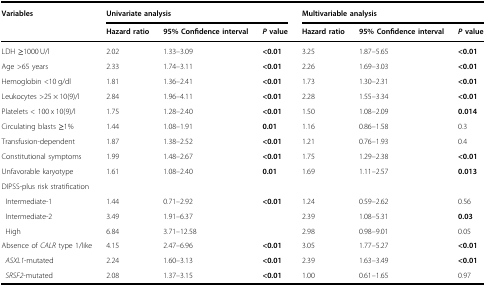
<table><thead><tr><td><b>Variables</b></td><td colspan="3"><b>Univariate analysis</b></td><td colspan="3"><b>Multivariable analysis</b></td></tr><tr><td></td><td><b>Hazard ratio</b></td><td><b>95% Confidence interval</b></td><td><b><i>P</i> value</b></td><td><b>Hazard ratio</b></td><td><b>95% Confidence interval</b></td><td><b><i>P</i> value</b></td></tr></thead><tbody><tr><td>LDH ≥1000 U/l</td><td>2.02</td><td>1.33–3.09</td><td><b>&lt;0.01</b></td><td>3.25</td><td>1.87–5.65</td><td><b>&lt;0.01</b></td></tr><tr><td>Age &gt;65 years</td><td>2.33</td><td>1.74–3.11</td><td><b>&lt;0.01</b></td><td>2.26</td><td>1.69–3.03</td><td><b>&lt;0.01</b></td></tr><tr><td>Hemoglobin &lt;10 g/dl</td><td>1.81</td><td>1.36–2.41</td><td><b>&lt;0.01</b></td><td>1.73</td><td>1.30–2.31</td><td><b>&lt;0.01</b></td></tr><tr><td>Leukocytes &gt;25 × 10(9)/l</td><td>2.84</td><td>1.96–4.11</td><td><b>&lt;0.01</b></td><td>2.28</td><td>1.55–3.34</td><td><b>&lt;0.01</b></td></tr><tr><td>Platelets &lt; 100 x 10(9)/l</td><td>1.75</td><td>1.28–2.40</td><td><b>&lt;0.01</b></td><td>1.50</td><td>1.08–2.09</td><td><b>0.014</b></td></tr><tr><td>Circulating blasts ≥1%</td><td>1.44</td><td>1.08–1.91</td><td><b>0.01</b></td><td>1.16</td><td>0.86–1.58</td><td>0.3</td></tr><tr><td>Transfusion-dependent</td><td>1.87</td><td>1.38–2.52</td><td><b>&lt;0.01</b></td><td>1.21</td><td>0.76–1.93</td><td>0.4</td></tr><tr><td>Constitutional symptoms</td><td>1.99</td><td>1.48–2.67</td><td><b>&lt;0.01</b></td><td>1.75</td><td>1.29–2.38</td><td><b>&lt;0.01</b></td></tr><tr><td>Unfavorable karyotype</td><td>1.61</td><td>1.08–2.40</td><td><b>0.01</b></td><td>1.69</td><td>1.11–2.57</td><td><b>0.013</b></td></tr><tr><td colspan="7">DIPSS-plus risk stratification</td></tr><tr><td> Intermediate-1</td><td>1.44</td><td>0.71–2.92</td><td><b>&lt;0.01</b></td><td>1.24</td><td>0.59–2.62</td><td>0.56</td></tr><tr><td> Intermediate-2</td><td>3.49</td><td>1.91–6.37</td><td></td><td>2.39</td><td>1.08–5.31</td><td><b>0.03</b></td></tr><tr><td> High</td><td>6.84</td><td>3.71–12.58</td><td></td><td>2.98</td><td>0.98–9.01</td><td>0.05</td></tr><tr><td>Absence of <i>CALR</i> type 1/like</td><td>4.15</td><td>2.47–6.96</td><td><b>&lt;0.01</b></td><td>3.05</td><td>1.77–5.27</td><td><b>&lt;0.01</b></td></tr><tr><td><i> ASXL1</i>-mutated</td><td>2.24</td><td>1.60–3.13</td><td><b>&lt;0.01</b></td><td>2.39</td><td>1.63–3.49</td><td><b>&lt;0.01</b></td></tr><tr><td><i> SRSF2</i>-mutated</td><td>2.08</td><td>1.37–3.15</td><td><b>&lt;0.01</b></td><td>1.00</td><td>0.61–1.65</td><td>0.97</td></tr></tbody></table>